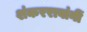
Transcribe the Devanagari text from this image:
शंकररावांनीं